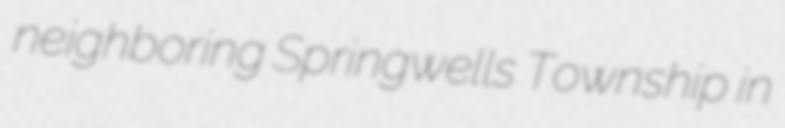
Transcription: neighboring Springwells Township in